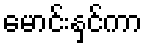
မောင်းနှင်ကာ